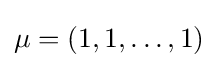
\mu =(1,1,\dotsc ,1)